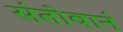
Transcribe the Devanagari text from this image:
संतोबानं